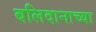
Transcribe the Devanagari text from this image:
बलिदानाच्या